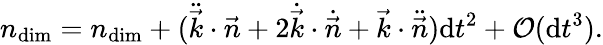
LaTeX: n_{\mathrm{dim}}=n_{\mathrm{dim}}+(\ddot{\vec{k}}\cdot\vec{n}+2\dot{\vec{k}}\cdot\dot{\vec{n}}+\vec{k}\cdot\ddot{\vec{n}})\mathrm{d}t^{2}+\mathcal{O}(\mathrm{d}t^{3}).